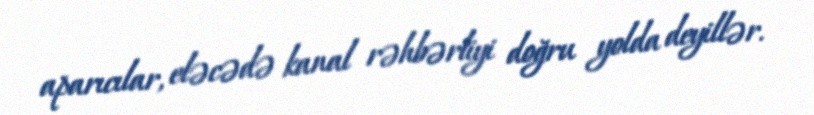
aparıcılar, eləcədə kanal rəhbərliyi doğru yolda deyillər.